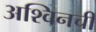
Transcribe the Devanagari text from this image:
अश्विनची